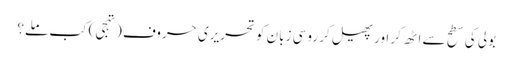
بولی کی سطح سے اٹھ کر اور پھیل کر روسی زبان کو تحریری حروف (تہجی) کب ملے؟